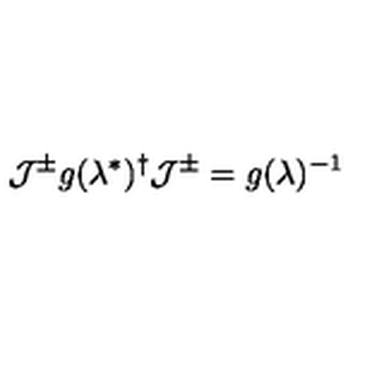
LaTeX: { \cal J } ^ { \pm } g ( \lambda ^ { \ast } ) ^ { \dag } { \cal J } ^ { \pm } = g ( \lambda ) ^ { - 1 }